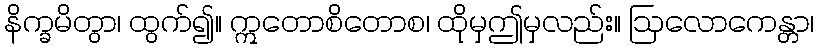
နိက္ခမိတွာ၊ ထွက်၍။ ဣတောစိတောစ၊ ထိုမှဤမှလည်း။ ဩလောကေန္တာ၊